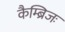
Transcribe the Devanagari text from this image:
कैम्ब्रिजः